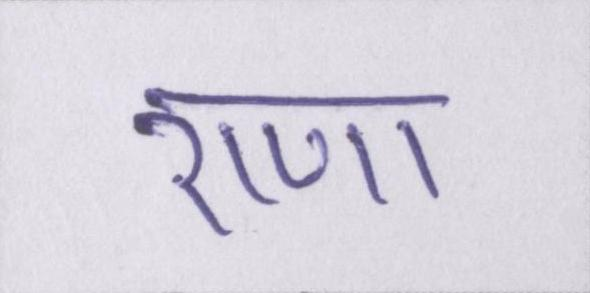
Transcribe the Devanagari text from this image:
राणा